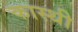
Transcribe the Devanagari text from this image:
कास्थी